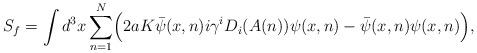
LaTeX: \begin{align*}S_{f} =\int d^3x \sum_{n=1}^{N} \Bigl(2aK\bar{\psi}(x, n)i\gamma^{i}D_{i}(A(n))\psi(x, n) -\bar{\psi}(x, n)\psi(x, n) \Bigr),\end{align*}